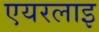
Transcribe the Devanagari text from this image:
एयरलाइ